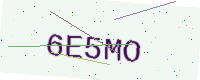
Text: 6E5MO